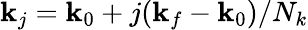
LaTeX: \mathbf{k}_{j}=\mathbf{k}_{0}+j(\mathbf{k}_{f}-\mathbf{k}_{0})/N_{k}